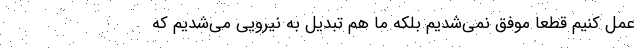
عمل كنيم قطعا موفق نمي‌شديم بلكه ما هم تبديل به نيرويي مي‌شديم كه